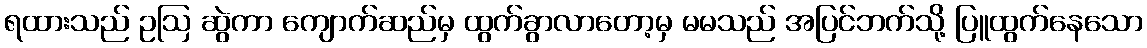
ရထားသည် ဥဩ ဆွဲကာ ကျောက်ဆည်မှ ထွက်ခွာလာတော့မှ မမသည် အပြင်ဘက်သို့ ပြူထွက်နေသော